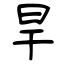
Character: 旱